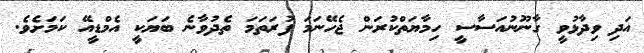
އަދި ވިދާޅުވީ ގާނޫނުއަސާސީ ހިމާޔަތްކުރަން ޖެހޭނަމަ ފުރަތަަމަ ތެދުވާނެ ބަޔަކީ އެމްޑީއޭ ކަމަށެވެ.